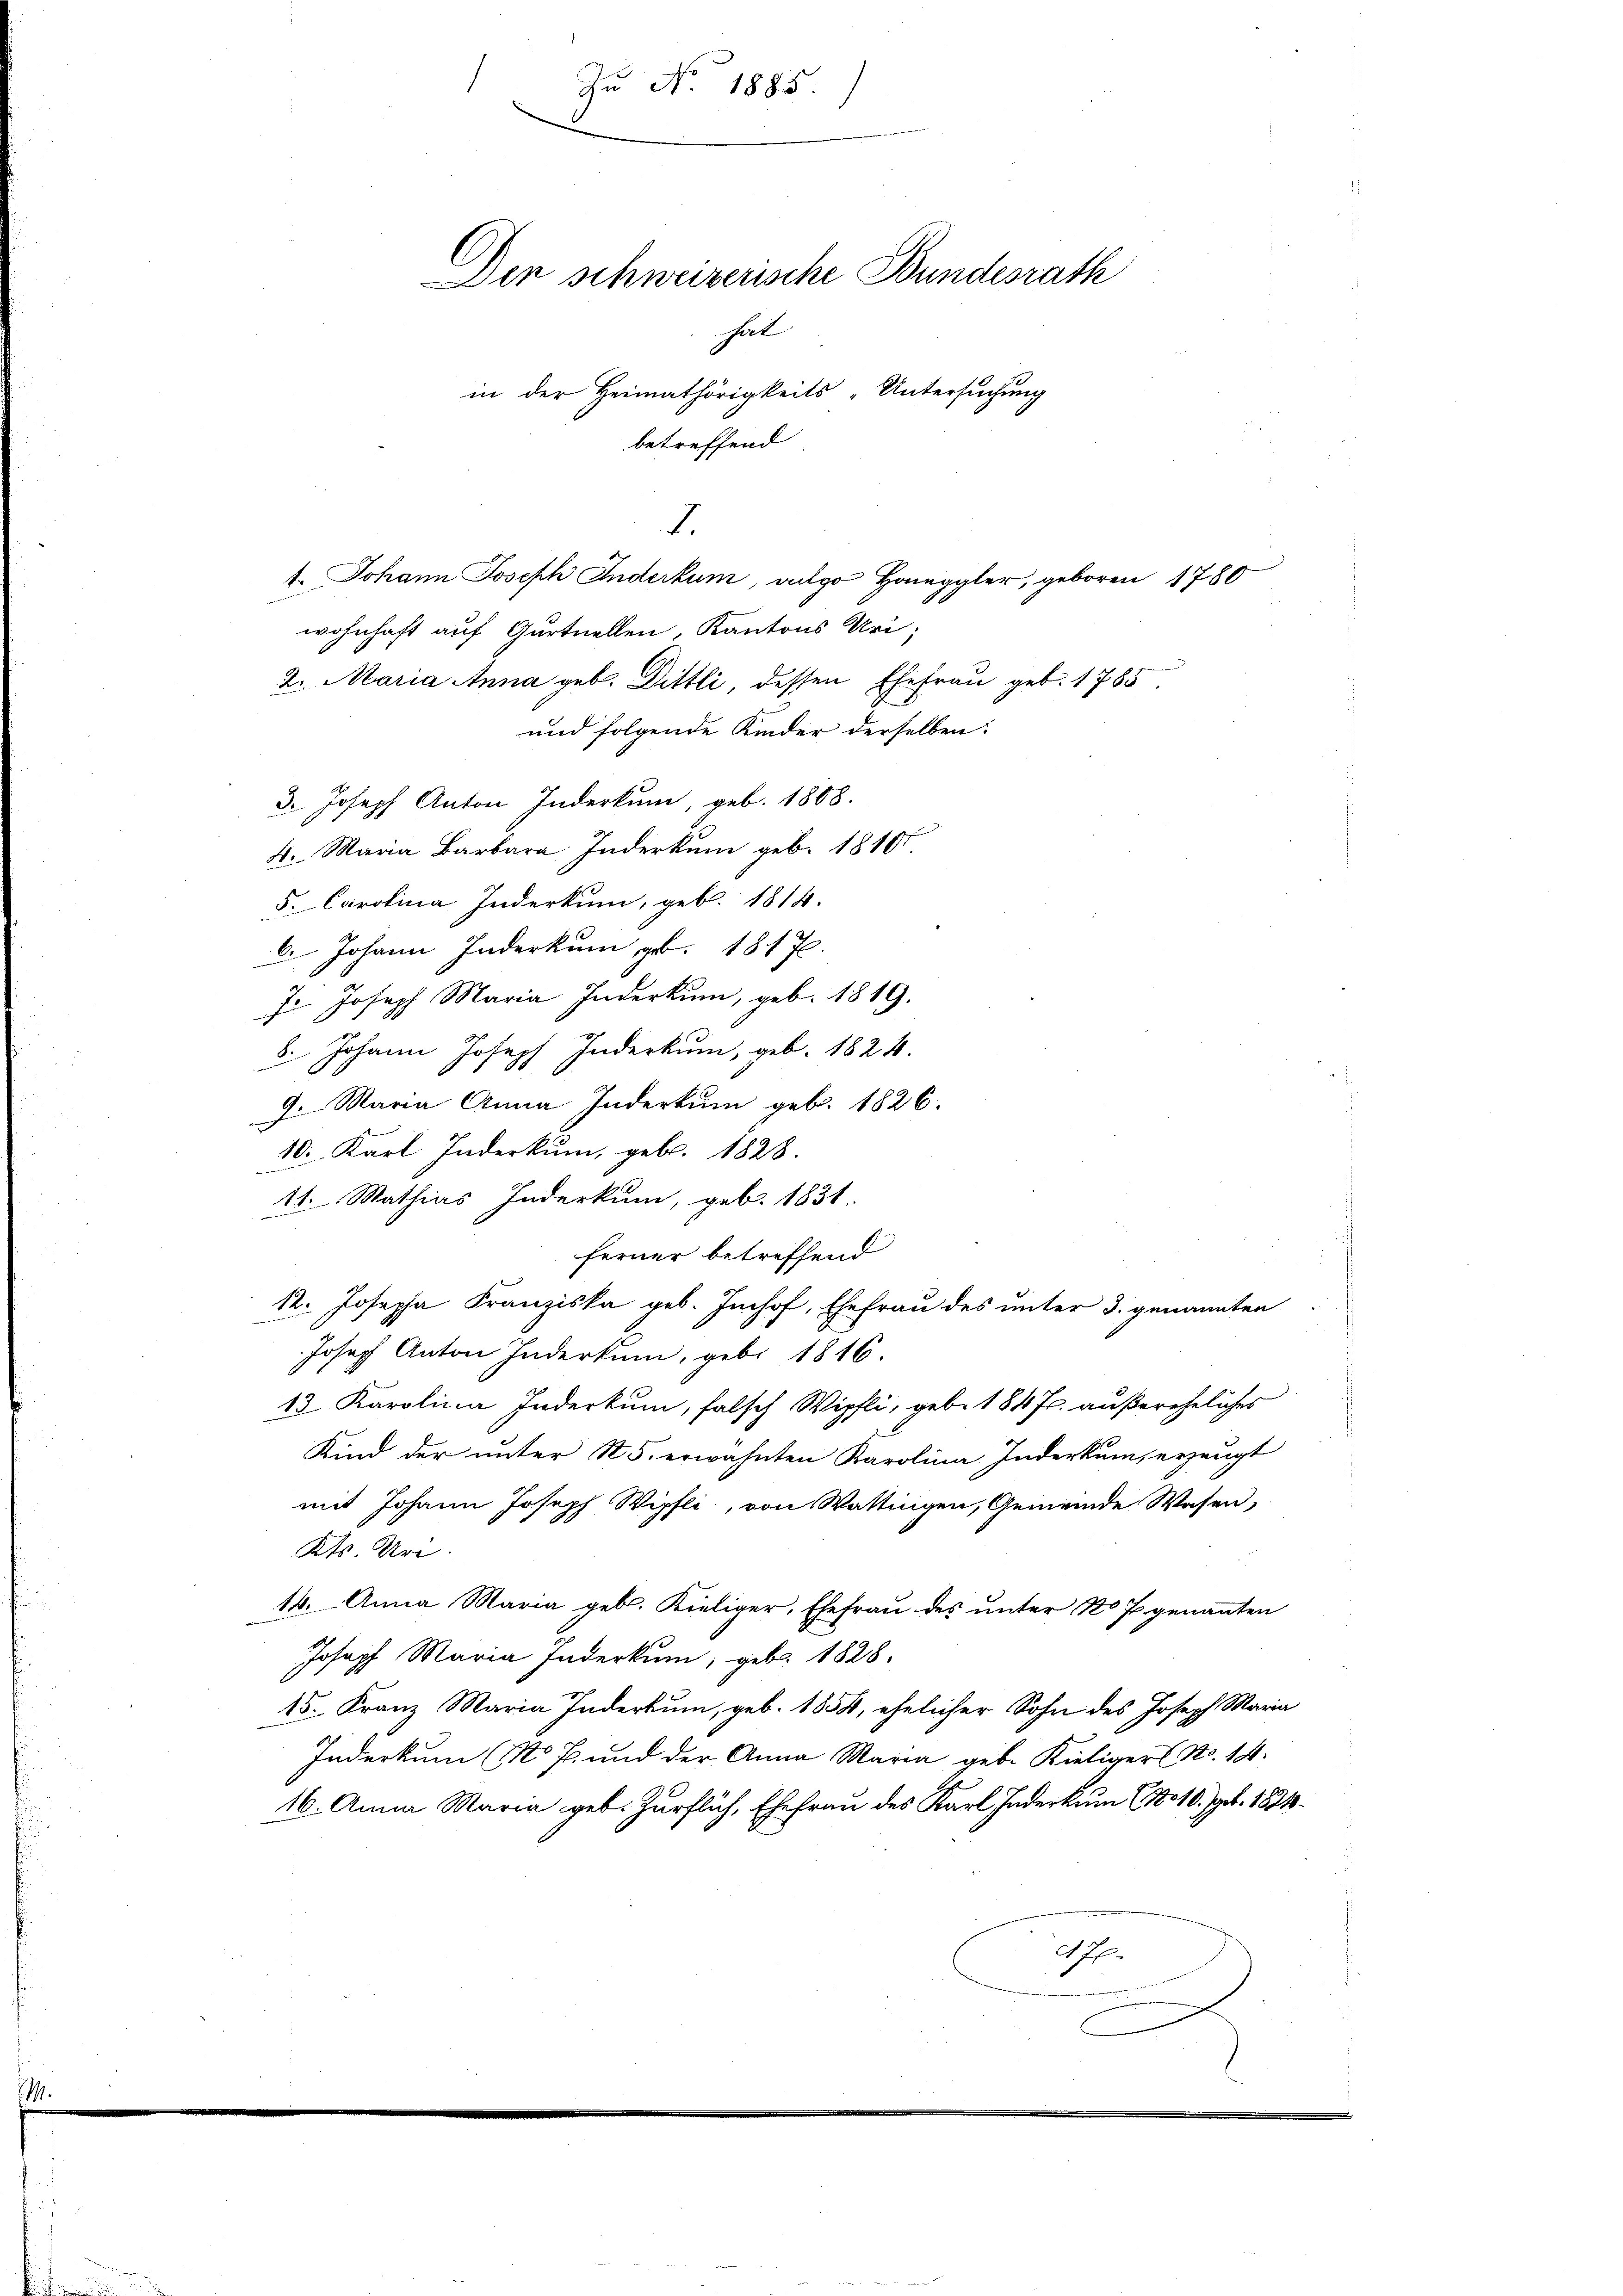
1
Zu No. 1885

Dir schweizerische Bundesrath
hat
in der Heimathörigkeits - Untersuchung
betreffend

1. Johann Joseph Inderkum, auge Hanggler, geboren 1780
wohnhaft auf Gurtuellen, Kantons Uri,
2. Maria Anna geb. Dittli, dessen Ehefrau geb. 1785
und folgende Kinder derselben:
3. Joseph Anton Inderkum, geb. 1868.
4. Maria Barbara. Inderkum geb. 18101
5. Carolina Inderkum, geb. 1814.
6. Johann Inderkum pr. 1817.
J.. Joseph Maria Inderkum, geb. 1819.
8. Johann Joseph Inderkum, geb. 1824.
3.
9. Maria Anna Inderkum geb. 1826.
10. Karl Inderkum, gebr. 1828.
11. Mathias Inderkum, geb. 1831.
ferner betreffend
12. Josepha Franziska geb. Imhof, Ehefrau des unter 3. genannten
Joseph Anton Inderkum, geb. 1816.
13 Karolina Inderkum, falsch Wipfli, geb. 184 Fr. außereheliches
Kind der unter N. 5. erwähnten Karolina Inderkum, erzeugt
mit Johann Joseph Wipfli, von Wattingen, Gemeinde Wasen,
Kts. Uri.
14. Anna Maria geb. Kieliger, Ehefrau des unter No P. genannten
Joseph Maria Inderkum; geb. 1828.
15. Franz Maria Inderkum, geb. 1858, ehelicher Sohn des Joseph Maria
Inderkum (1 J. und der Anna Maria geb. Kieliger No. 14.
16. Anna Maria geb. Zürflich, Ehefrau des Karl Inderkum (No 10. geb. 1891
Ahf.

2.